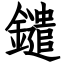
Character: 鑓